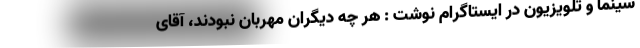
سینما و تلویزیون در ایستاگرام نوشت : هر چه دیگران مهربان نبودند، آقای